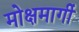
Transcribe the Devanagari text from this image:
मोक्षमार्गी